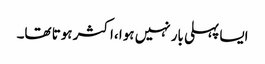
ایسا پہلی بار نہیں ہوا ،اکثر ہوتا تھا۔